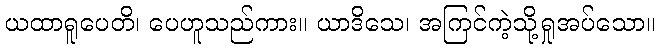
ယထာရူပေတိ၊ ပေဟူသည်ကား။ ယာဒိသေ၊ အကြင်ကဲ့သို့ရှုအပ်သော။